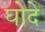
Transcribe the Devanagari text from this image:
घोदे